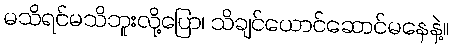
မသိရင်မသိဘူးလို့ပြော၊ သိချင်ယောင်ဆောင်မနေနဲ့။